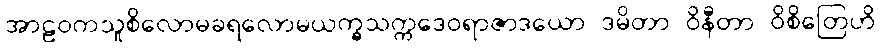
အာဠဝကသူစိလောမခရလောမယက္ခသက္ကဒေဝရာဇာဒယော ဒမိတာ ဝိနီတာ ဝိစိတြေဟိ